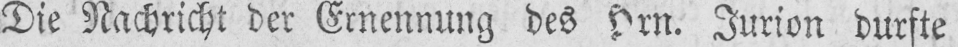
Die Nachricht der Ernennung des Hrn. Jurion durfte